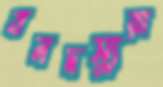
বনদস্যুরা